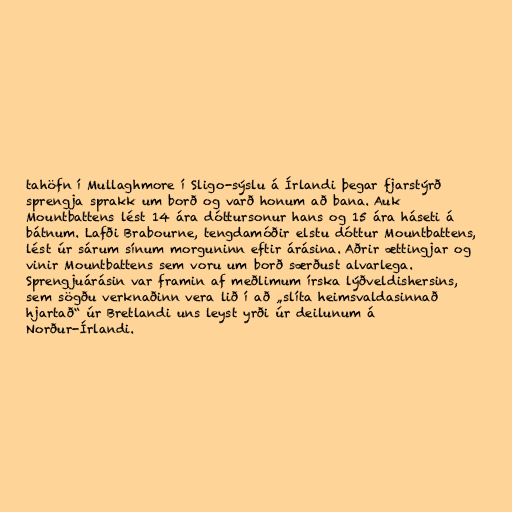
tahöfn í Mullaghmore í Sligo-sýslu á Írlandi þegar fjarstýrð
sprengja sprakk um borð og varð honum að bana. Auk
Mountbattens lést 14 ára dóttursonur hans og 15 ára háseti á
bátnum. Lafði Brabourne, tengdamóðir elstu dóttur Mountbattens,
lést úr sárum sínum morguninn eftir árásina. Aðrir ættingjar og
vinir Mountbattens sem voru um borð særðust alvarlega.
Sprengjuárásin var framin af meðlimum írska lýðveldishersins,
sem sögðu verknaðinn vera lið í að „slíta heimsvaldasinnað
hjartað“ úr Bretlandi uns leyst yrði úr deilunum á
Norður-Írlandi.